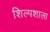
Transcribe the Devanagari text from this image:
शिल्पशाला